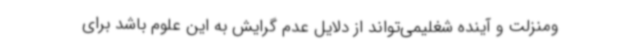
ومنزلت و آینده شغلیمی‌تواند از دلایل عدم گرایش به این علوم باشد برای